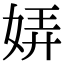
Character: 㛞